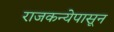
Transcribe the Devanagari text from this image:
राजकन्येपासून